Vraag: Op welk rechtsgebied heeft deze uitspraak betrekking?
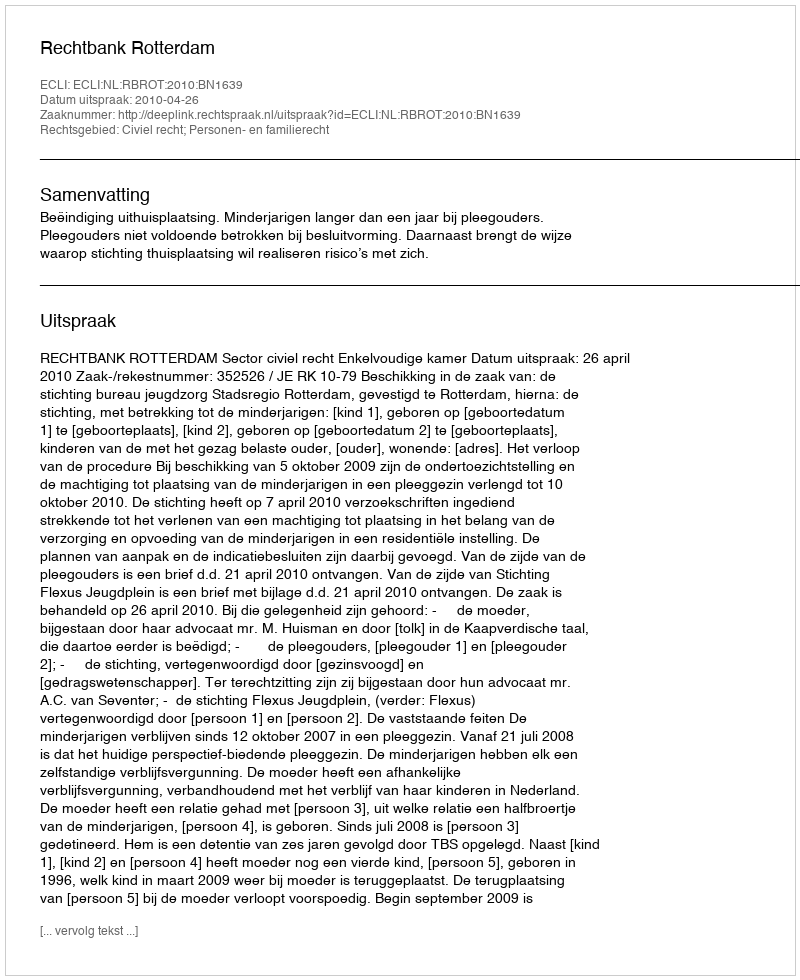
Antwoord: Civiel recht; Personen- en familierecht